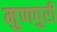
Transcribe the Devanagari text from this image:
मुणपुरी